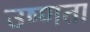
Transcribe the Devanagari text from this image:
उष्‍णता